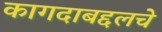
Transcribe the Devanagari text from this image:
कागदाबद्दलचे